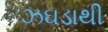
ઝઘડાથી